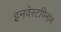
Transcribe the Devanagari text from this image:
इनवेस्टपिनांग